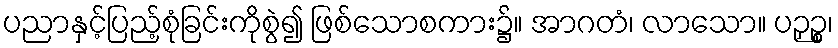
ပညာနှင့်ပြည့်စုံခြင်းကိုစွဲ၍ ဖြစ်သောစကား၌။ အာဂတံ၊ လာသော။ ပဉှဉ္စ၊